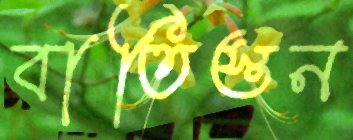
বাতিস্তন